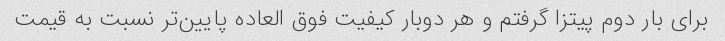
برای بار دوم پیتزا گرفتم و هر دوبار کیفیت فوق العاده پایین‌تر نسبت به قیمت